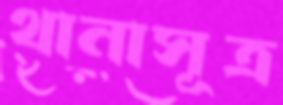
থানাসূত্র